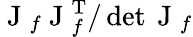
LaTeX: \mathrm{~J~}_{f}\mathrm{~J~}_{f}^{\operatorname{T}}/\operatorname*{det}\mathrm{~J~}_{f}